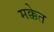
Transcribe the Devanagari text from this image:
मक्केत